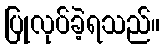
ပြုလုပ်ခဲ့ရသည်။